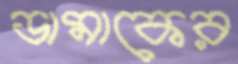
ডামাকের